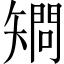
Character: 𥏿